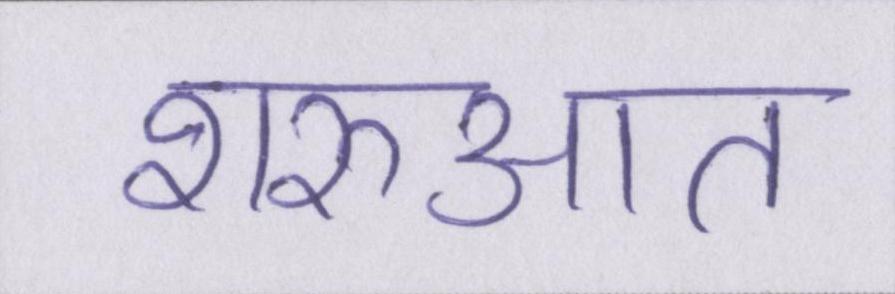
शरुआत